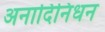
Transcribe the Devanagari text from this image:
अनादिनिधन